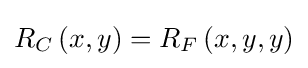
R_{C}\left(x,y\right)=R_{F}\left(x,y,y\right)